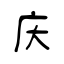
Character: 庆